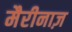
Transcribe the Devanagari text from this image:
मैरीनाज़